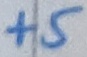
Text: +5